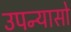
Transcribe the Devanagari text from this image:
उपन्यासो